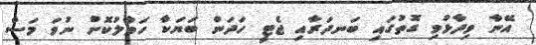
އޭނާ ވިދާޅުވި ގޮތުގައި ބަނދަރާއި ޖެޓީ ހަދަން ބަޔަކާ ހަވާލުކޮށް ނުވަ މަސް